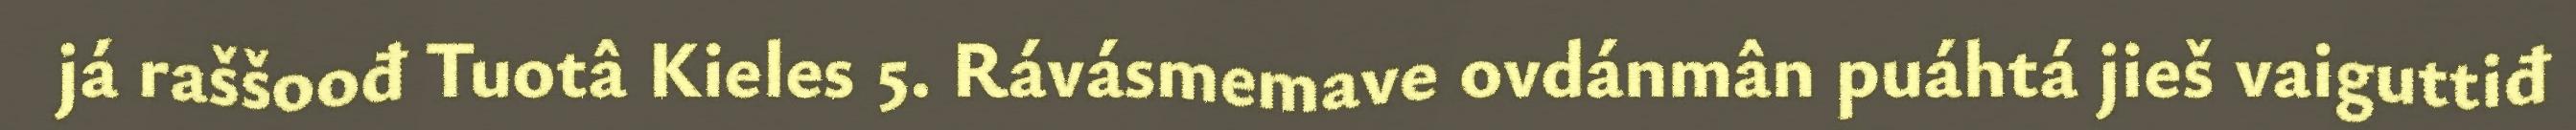
já raššoođ Tuotâ Kieles 5. Rávásmemave ovdánmân puáhtá jieš vaiguttiđ